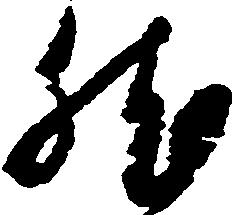
然